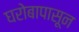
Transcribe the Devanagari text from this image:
घरोबापासून